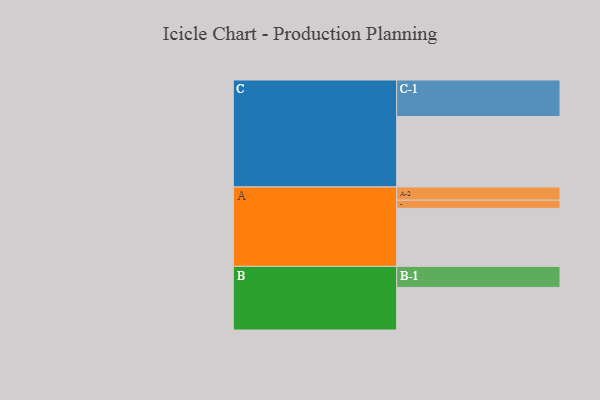
{"axis": {"x": "Segment", "y": "Value"}, "legend": ["", "A", "B", "C"], "data": [{"x": "A", "y": 475, "type": ""}, {"x": "B", "y": 349, "type": ""}, {"x": "C", "y": 577, "type": ""}, {"x": "A-1", "y": 67, "type": "A"}, {"x": "A-2", "y": 108, "type": "A"}, {"x": "B-1", "y": 172, "type": "B"}, {"x": "C-1", "y": 299, "type": "C"}]}